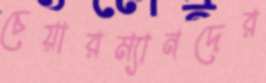
চেয়ারম্যানদের